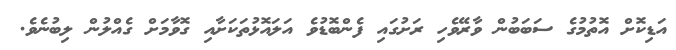
އަޑިކޮށް އޮތުމުގެ ސަބަބުން ވާރޭވެހި ރަށުގައި ފެންބޮޑުވެ އަލައޮޅުތަކަށާއި ގޮވާމަށް ގެއްލުން ލިބުނެވެ.